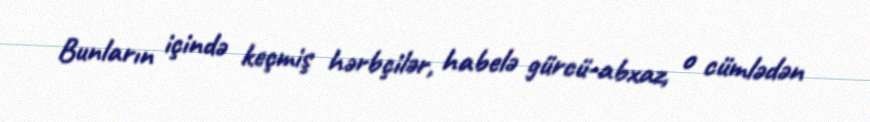
Bunların içində keçmiş hərbçilər, habelə gürcü-abxaz, o cümlədən